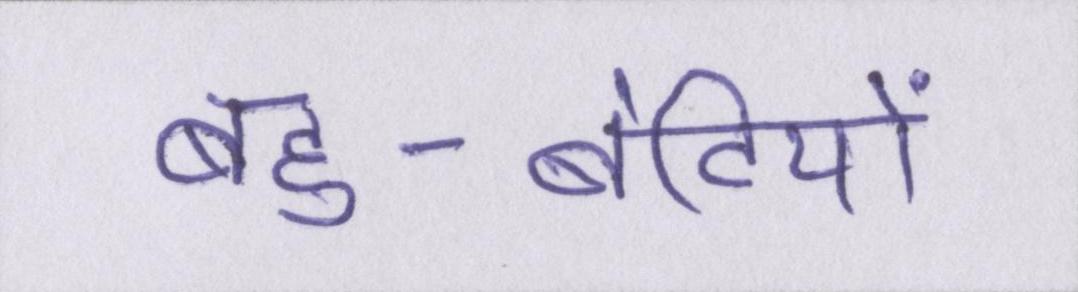
बहु-बेटियों